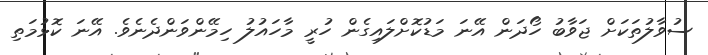
ސުވާލުތަކަށް ޖަވާބު ހޯދަން އޭނަ މަޑުކޮށްލައިގެން ހުރީ މާހައުލު ހިމޭންވަންދެނެވެ. އޭނަ ކޮޅުމަތި